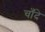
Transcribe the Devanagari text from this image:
चाँदे